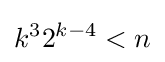
k^{3}2^{k-4}<n